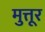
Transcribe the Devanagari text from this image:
मुत्तूर